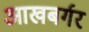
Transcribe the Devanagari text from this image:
आखबर्गर